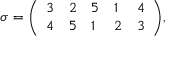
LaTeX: \sigma = { \left( \begin{array} { l l l l l } { 3 } & { 2 } & { 5 } & { 1 } & { 4 } \\ { 4 } & { 5 } & { 1 } & { 2 } & { 3 } \end{array} \right) } ,